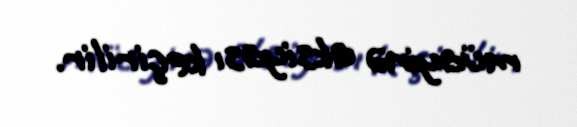
müayinə aksiyası keçirilir.